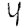
Digit: 4